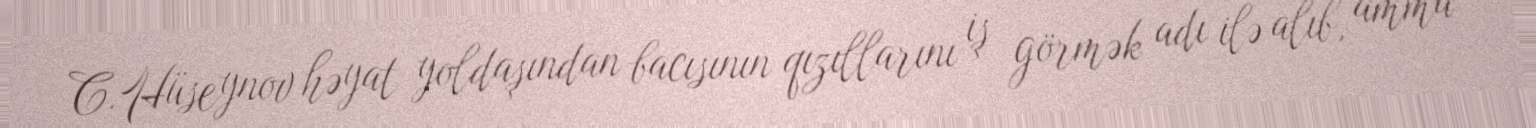
C.Hüseynov həyat yoldaşından bacısının qızıllarını iş görmək adı ilə alıb, amma